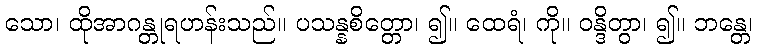
သော၊ ထိုအာဂန္တုရဟန်းသည်။ ပသန္နစိတ္တော၊ ၍။ ထေရံ၊ ကို။ ဝန္ဒိတွာ၊ ၍။ ဘန္တေ၊